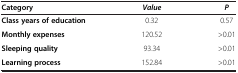
<table><thead><tr><td><b>Category</b></td><td><b><i>Value</i></b></td><td><b><i>P</i></b></td></tr></thead><tbody><tr><td><b>Class years of education</b></td><td>0.32</td><td>0.57</td></tr><tr><td><b>Monthly expenses</b></td><td>120.52</td><td>&gt;0.01</td></tr><tr><td><b>Sleeping quality</b></td><td>93.34</td><td>&gt;0.01</td></tr><tr><td><b>Learning process</b></td><td>152.84</td><td>&gt;0.01</td></tr></tbody></table>